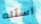
أسئله